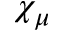
\chi _ { \mu }